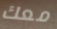
معك